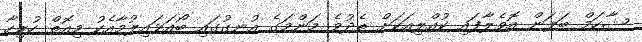
ޝާހަމް ބަލަން އޮވެލާފައި ކުއްލިއަކަށް ތެދުވެ މަންމަގެ އުނގުގައި ބޯއަޅައިލުމާއެކު މިއޮތް ހުރިހާ